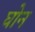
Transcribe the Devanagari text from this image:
घोन